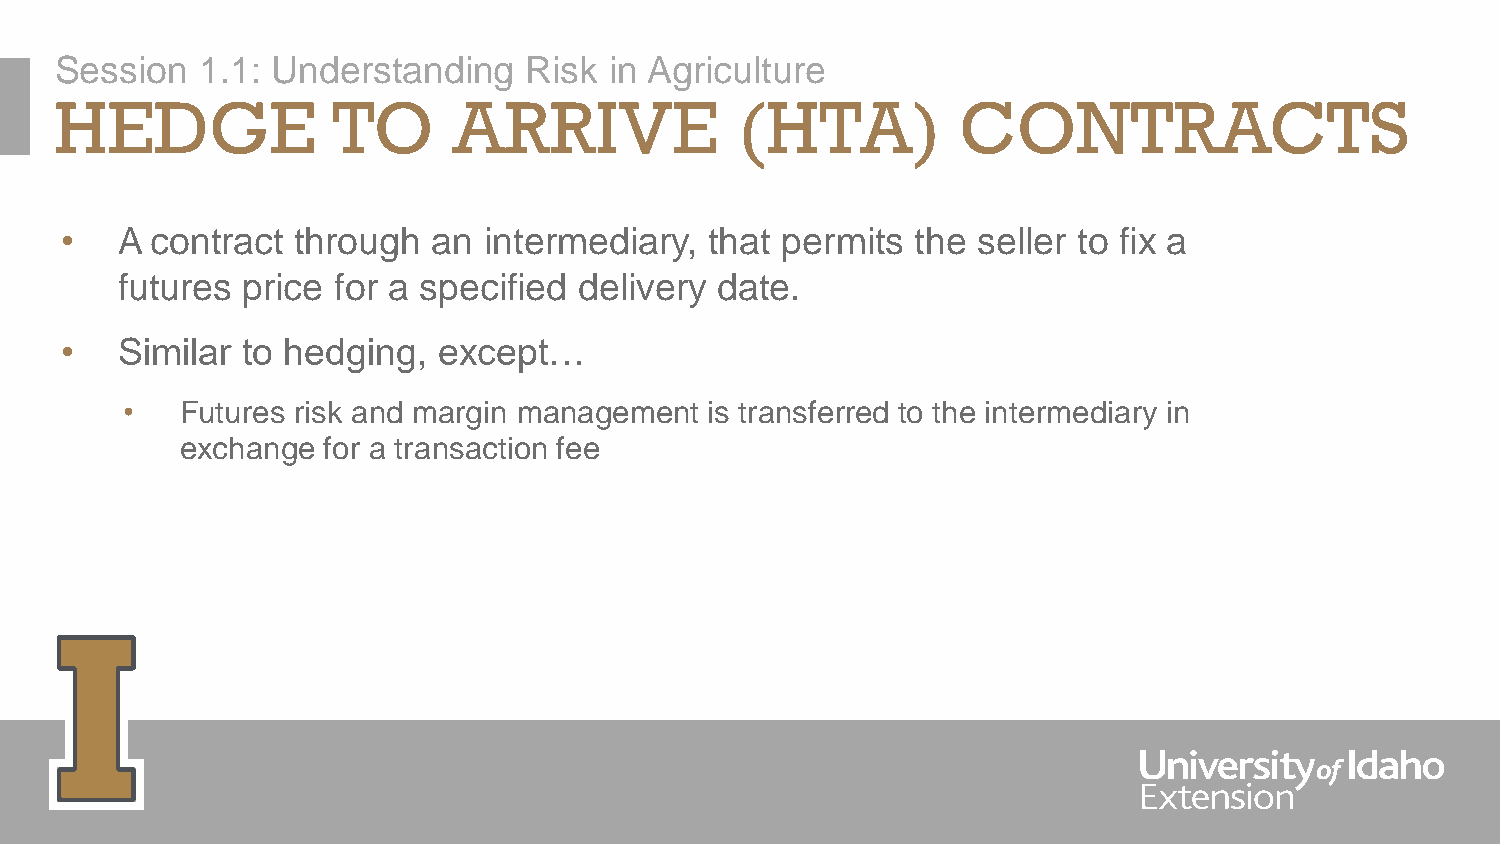
Session  1.1: Understanding    Risk in Agriculture
 HEDGE             TO      ARRIVE             (HTA)          CONTRACTS
 •   A contract  through  an intermediary,  that permits  the seller to fix a
 futures price for a specified delivery  date.
 •   Similar to hedging,  except…
 •   Futures risk and margin management is transferred to the intermediary in
 exchange for a transaction fee